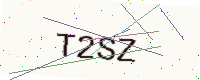
Text: T2SZ